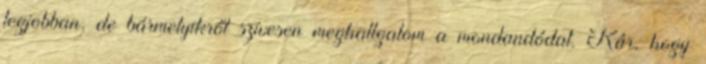
legjobban, de bármelyikről szívesen meghallgatom a mondandódat. Kár, hogy